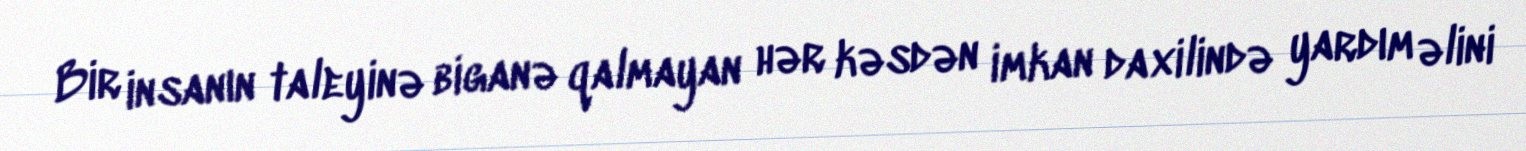
Bir insanın taleyinə biganə qalmayan hər kəsdən imkan daxilində yardım əlini